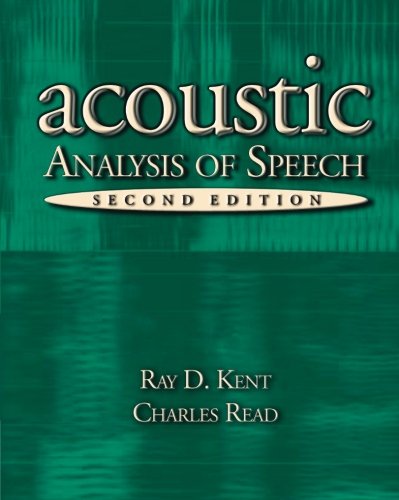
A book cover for Acoustic Analysis of Speech; Raymond D. Kent; Reference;